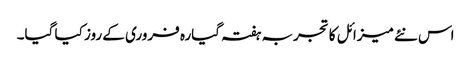
اس نئے میزائل کا تجربہ ہفتہ گیارہ فروری کے روز کیا گیا۔